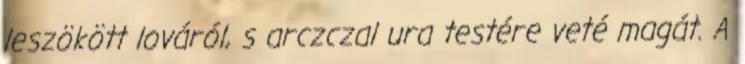
leszökött lováról, s arczczal ura testére veté magát. A